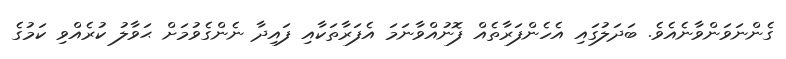
ގެންނަވަންވާނެއެވެ. ބަދަލުގައި އެހެންފަރާތެއް ފޮނުއްވާނަމަ އެފަރާތަކާއި ފައިދާ ނެންގެވުމަށް ޙަވާލު ކުރެއްވި ކަމުގެ